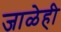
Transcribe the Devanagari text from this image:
जाळेही